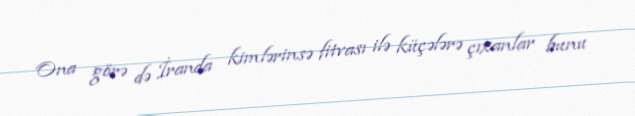
Ona görə də İranda kimlərinsə fitvası ilə küçələrə çıxanlar bunu